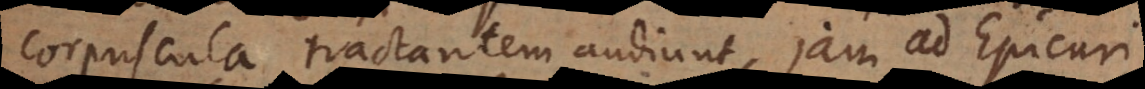
corpuscula tractantem audiunt, jam ad Epicuri